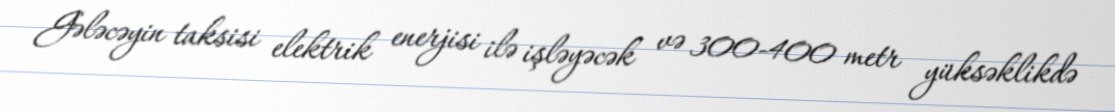
Gələcəyin taksisi elektrik enerjisi ilə işləyəcək və 300-400 metr yüksəklikdə